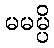
မမမ္ပိ